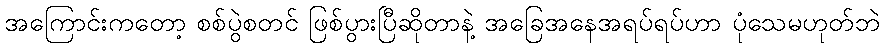
အကြောင်းကတော့ စစ်ပွဲစတင် ဖြစ်ပွားပြီဆိုတာနဲ့ အခြေအနေအရပ်ရပ်ဟာ ပုံသေမဟုတ်ဘဲ